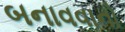
બનાવવાનો